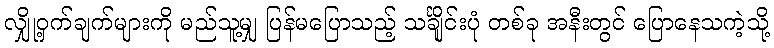
လျှို့ဝှက်ချက်များကို မည်သူ့မျှ ပြန်မပြောသည့် သင်္ချိုင်းပုံ တစ်ခု အနီးတွင် ပြောနေသကဲ့သို့